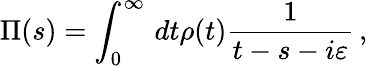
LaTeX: \Pi(s)=\int_{0}^{\infty}\, dt\rho(t)\frac{1}{t-s-i\varepsilon}\, ,